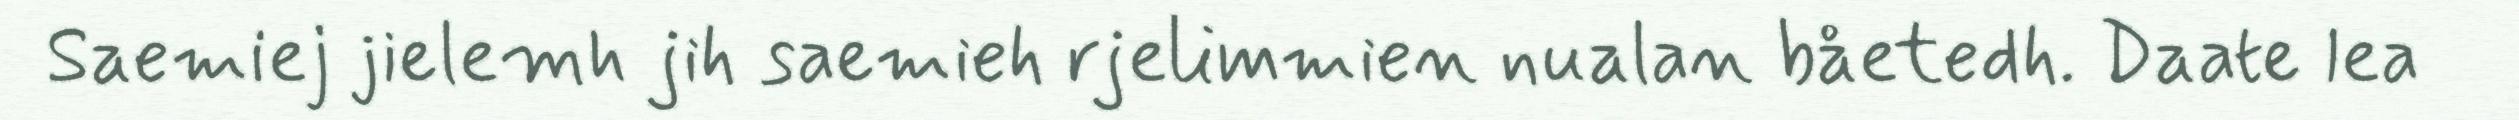
Saemiej jielemh jih saemieh rjelimmien nualan båetedh. Daate lea